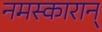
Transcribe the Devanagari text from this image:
नमस्कारान्